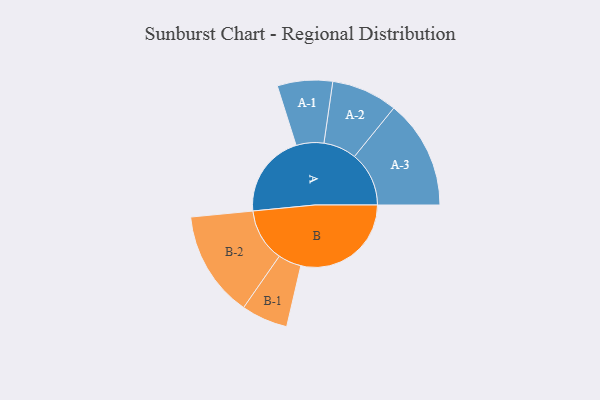
{"axis": {"x": "Segment", "y": "Value"}, "legend": ["", "A", "B"], "data": [{"x": "A", "y": 366, "type": ""}, {"x": "B", "y": 484, "type": ""}, {"x": "A-1", "y": 121, "type": "A"}, {"x": "A-2", "y": 145, "type": "A"}, {"x": "A-3", "y": 239, "type": "A"}, {"x": "B-1", "y": 102, "type": "B"}, {"x": "B-2", "y": 233, "type": "B"}]}